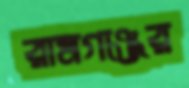
রামগঞ্জের